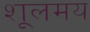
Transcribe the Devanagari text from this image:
शूलमय